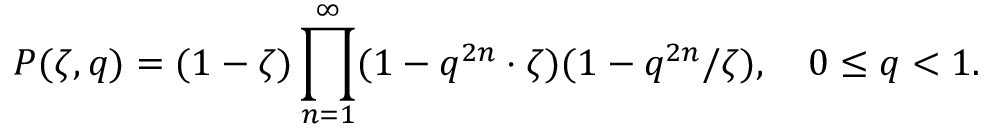
P ( \zeta , q ) = ( 1 - \zeta ) \prod _ { n = 1 } ^ { \infty } ( 1 - q ^ { 2 n } \cdot \zeta ) ( 1 - q ^ { 2 n } / \zeta ) , \quad 0 \leq q < 1 .